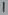
Text: 1